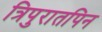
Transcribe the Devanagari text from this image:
त्रिपुरातपिन